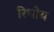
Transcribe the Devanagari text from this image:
रिधोय